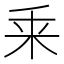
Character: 𠂲